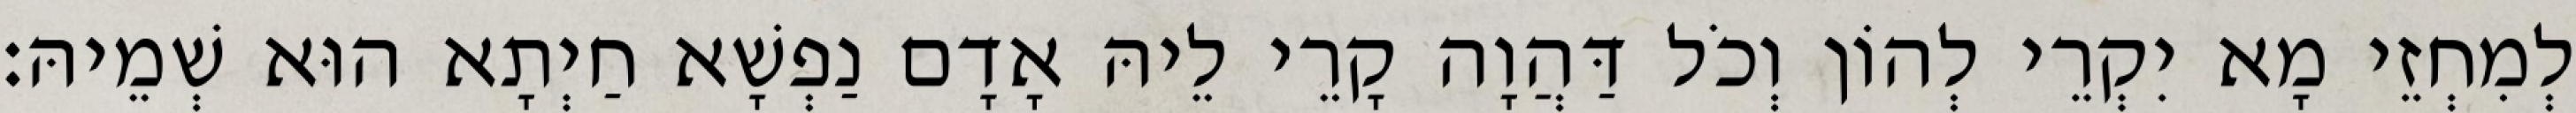
לְמִחְזֵי מָא יִקְרֵי לְהוֹן וְכֹל דַּהֲוָה קָרֵי לֵיהּ אָדָם נַפְשָׁא חַיְתָא הוּא שְׁמֵיהּ׃